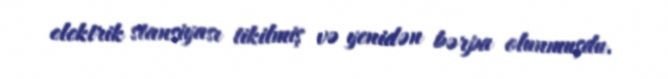
elektrik stansiyası tikilmiş və yenidən bərpa olunmuşdu.